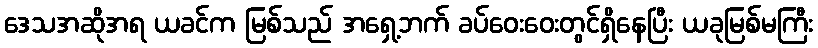
ဒေသအဆိုအရ ယခင်က မြစ်သည် အရှေ့ဘက် ခပ်ဝေးဝေးတွင်ရှိနေပြီး ယခုမြစ်မကြီး